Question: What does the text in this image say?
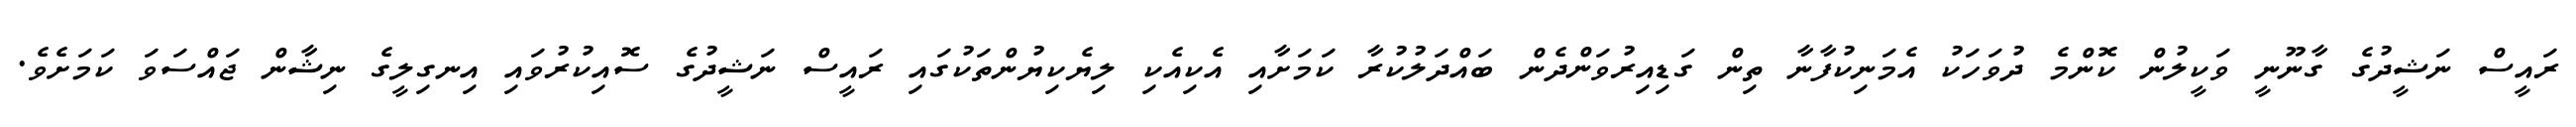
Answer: ރައީސް ނަޝީދުގެ ގާނޫނީ ވަކީލުން ކޮންމެ ދުވަހަކު އެމަނިކުފާނާ ތިން ގަޑިއިރުވަންދެން ބައްދަލުކުރާ ކަމަށާއި އެކިއެކި ލިޔެކިޔުންތަކުގައި ރައީސް ނަޝީދުގެ ސޮއިކުރުވައި އިނގިލީގެ ނިޝާން ޖައްސަވަ ކަމަށެވެ.